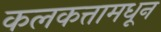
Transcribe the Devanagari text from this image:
कलकत्तामधून